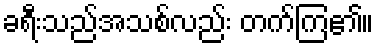
ခရီးသည်အသစ်လည်း တက်ကြ၏။